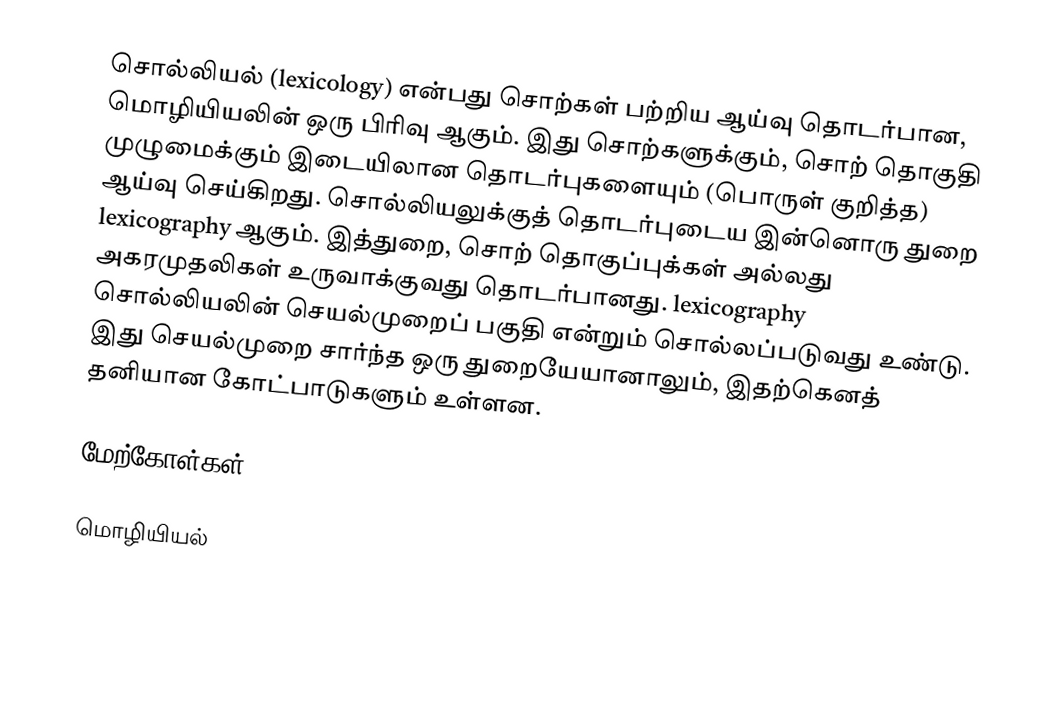
சொல்லியல் (lexicology) என்பது சொற்கள் பற்றிய ஆய்வு தொடர்பான, மொழியியலின் ஒரு பிரிவு ஆகும். இது சொற்களுக்கும், சொற் தொகுதி முழுமைக்கும் இடையிலான தொடர்புகளையும் (பொருள் குறித்த) ஆய்வு செய்கிறது. சொல்லியலுக்குத் தொடர்புடைய இன்னொரு துறை lexicography ஆகும். இத்துறை, சொற் தொகுப்புக்கள் அல்லது அகரமுதலிகள் உருவாக்குவது தொடர்பானது. lexicography சொல்லியலின் செயல்முறைப் பகுதி என்றும் சொல்லப்படுவது உண்டு. இது செயல்முறை சார்ந்த ஒரு துறையேயானாலும், இதற்கெனத் தனியான கோட்பாடுகளும் உள்ளன.

மேற்கோள்கள்

மொழியியல்